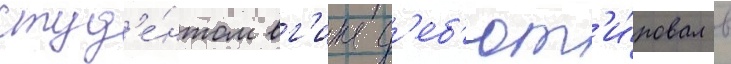
студ'е́нтом вг'ика д'еб'ют'и́ровал в